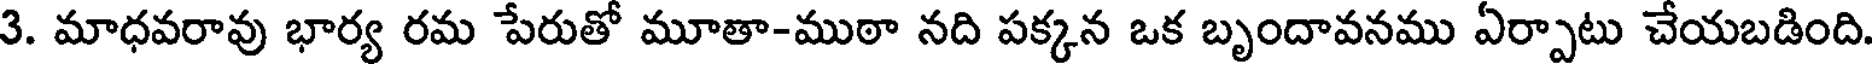
3. మాధవరావు భార్య రమ పేరుతో మూతా-ముఠా నది పక్కన ఒక బృందావనము ఏర్పాటు చేయబడింది